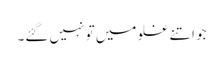
جو اتنے غلو میں تو نہیں گئے۔